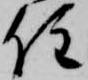
住